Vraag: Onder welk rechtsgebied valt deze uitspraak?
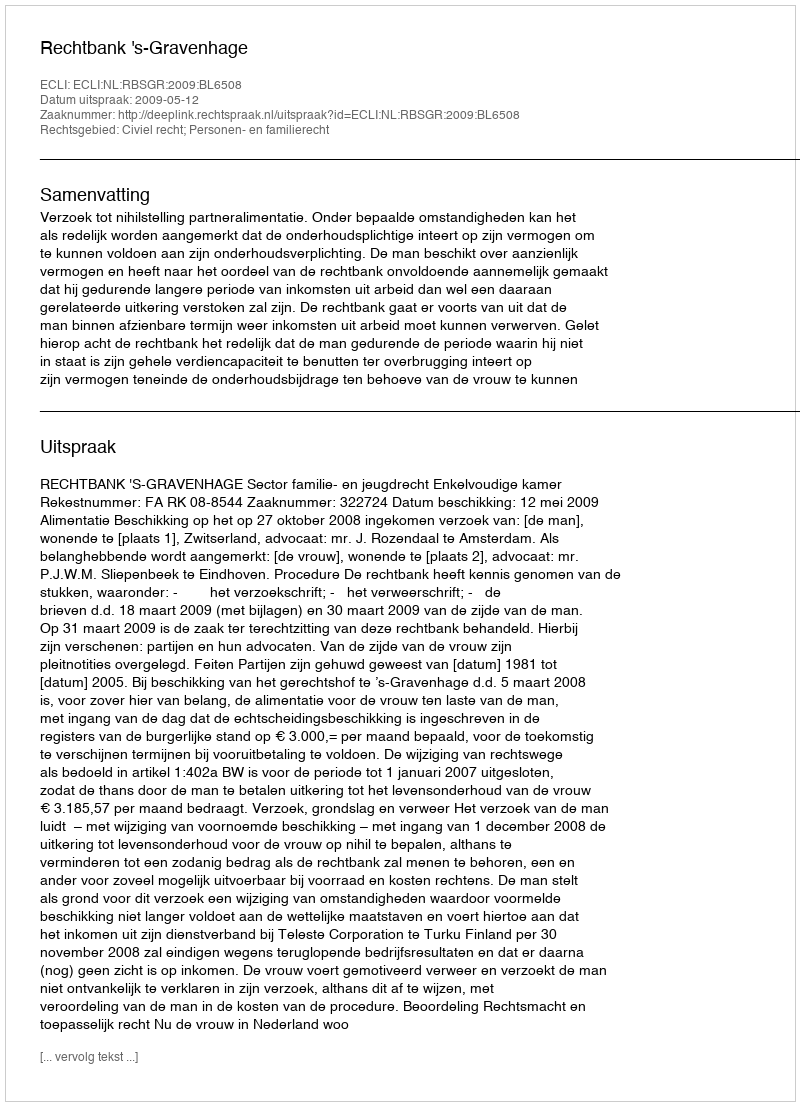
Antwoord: Civiel recht; Personen- en familierecht